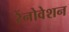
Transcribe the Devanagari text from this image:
रेंनोवेशन